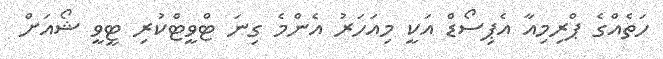
ހަތެއްގެ ޕްރިމިއާ އެޕިސޯޑް އަކީ މިއަހަރު އެންމެ ގިނަ ޓްވީޓްކުރި ޓީވީ ޝޯއަށް